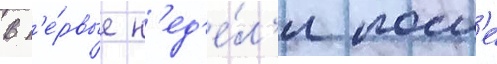
в п'е́рвые н'ед'е́л'и посл'е